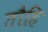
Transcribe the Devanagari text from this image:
तौहि